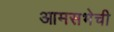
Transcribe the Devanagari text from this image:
आमसभेची